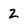
Character: 2